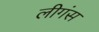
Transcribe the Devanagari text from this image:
लीगंस